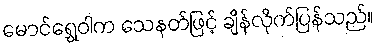
မောင်ရွှေဝါက သေနတ်ဖြင့် ချိန်လိုက်ပြန်သည်။